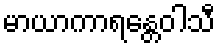
မာယာကာရန္တေဝါသီ